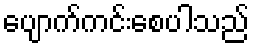
ပျောက်ကင်းစေပါသည်